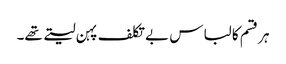
ہر قسم کا لباس بے تکلف پہن لیتے تھے۔